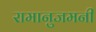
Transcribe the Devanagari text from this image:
रामानुजमनी